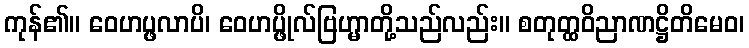
ကုန်၏။ ဝေဟပ္ဖလာပိ၊ ဝေဟပ္ဖိုလ်ဗြဟ္မာတို့သည်လည်း။ စတုတ္ထဝိညာဏဋ္ဌိတိမေဝ၊